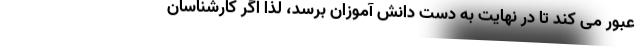
عبور می کند تا در نهایت به دست دانش آموزان برسد، لذا اگر کارشناسان